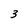
Character: 3